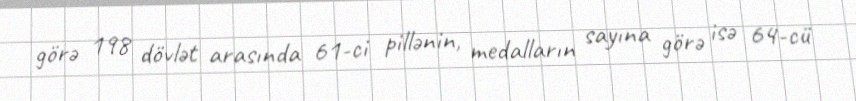
görə 198 dövlət arasında 61-ci pillənin, medalların sayına görə isə 64-cü